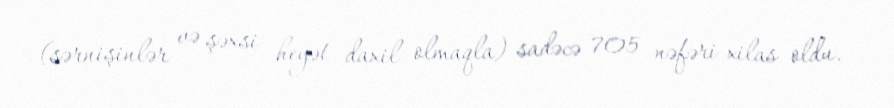
(sərnişinlər və şəxsi heyət daxil olmaqla) sadəcə 705 nəfəri xilas oldu.